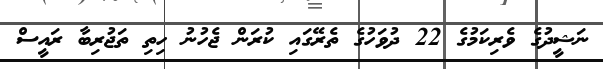
ނަޝީދުގެ ވެރިކަމުގެ 22 ދުވަހުގެ ތެރޭގައި ކުރަން ޖެހުނު ހިތި ތަޖުރިބާ ރައީސް